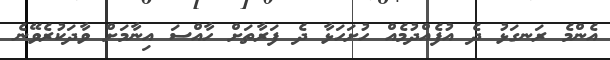
އެންމެ ރަނގަޅު ދެ އުފެއްދުމެއް ހުށަހަޅާ ދެ ފަރާތަށް ހާއްސަ އިނާމަށް ވާދަކުރެވޭނެ